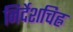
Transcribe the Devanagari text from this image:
निर्देशचिह्न